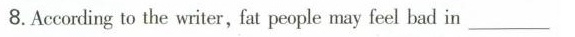
8.Acco ling to the writer, fat people may feel bad in _______